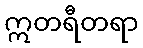
ဣတရီတရာ